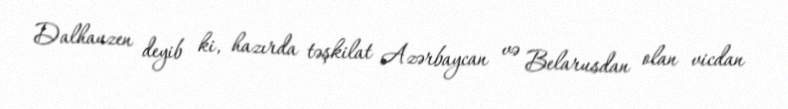
Dalhauzen deyib ki, hazırda təşkilat Azərbaycan və Belarusdan olan vicdan